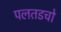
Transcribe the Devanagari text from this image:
पलतडचो